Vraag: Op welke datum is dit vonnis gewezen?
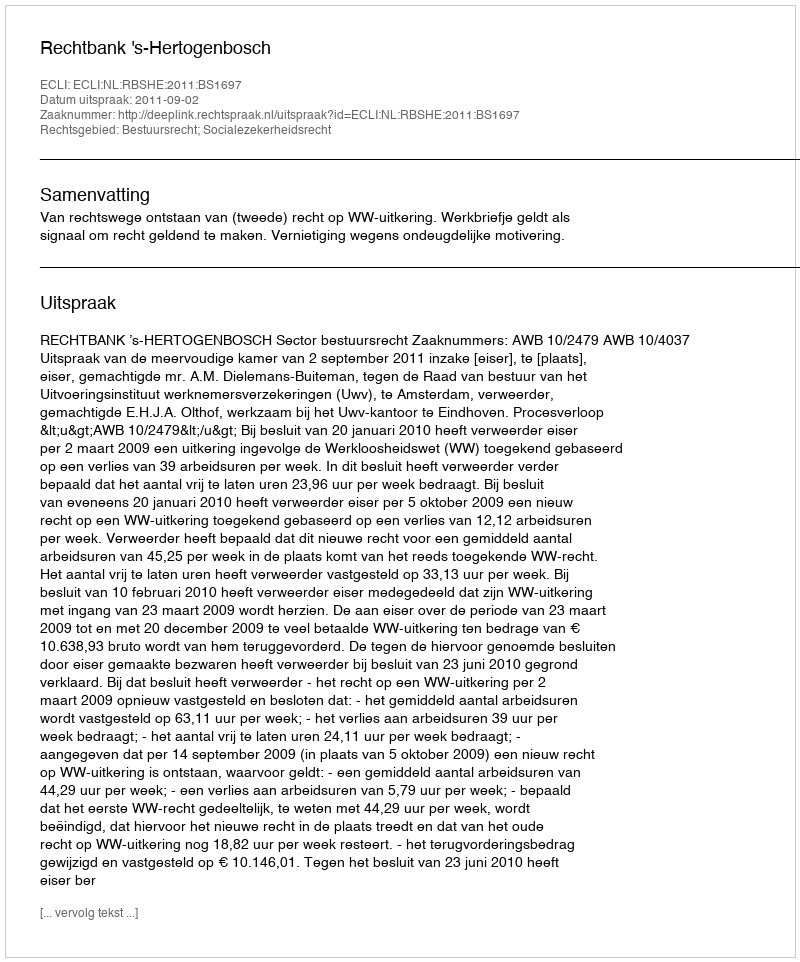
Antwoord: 2011-09-02